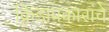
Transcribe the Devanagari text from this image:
क्रिडाप्रकारांचे